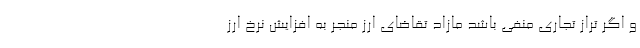
و اگر تراز تجاری منفی باشد مازاد تقاضای ارز منجر به افزایش نرخ ارز